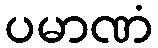
ပမာဏံ